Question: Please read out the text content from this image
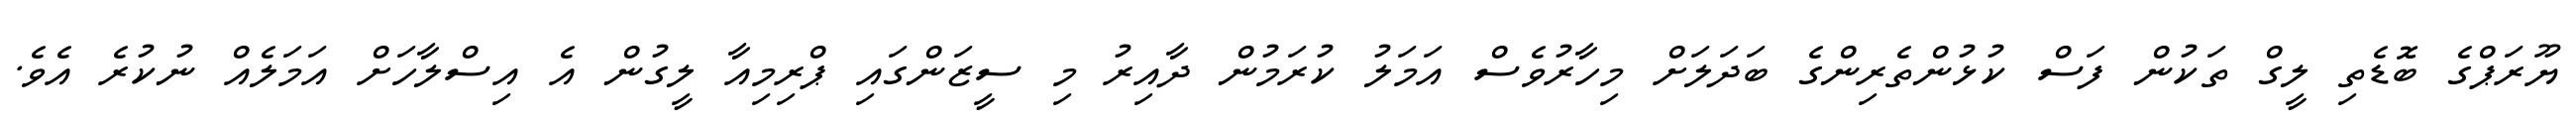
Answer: ޔޫރަޕްގެ ބޮޑެތި ލީގް ތަކުން ފަސް ކުޅުންތެރިންގެ ބަދަލަށް މިހާރުވެސް އަމަލު ކުރަމުން ދާއިރު މި ސީޒަންގައި ޕްރިމިއާ ލީގުން އެ އިސްލާހަށް އަމަލެއް ނުކުރެ އެވެ.